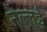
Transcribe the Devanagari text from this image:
नेल्लई